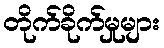
တိုက်ခိုက်မှုများ